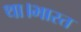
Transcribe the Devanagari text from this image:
था।भारत